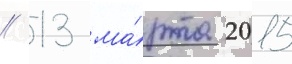
// 13 ма́рта 2015